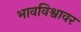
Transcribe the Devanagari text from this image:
भावविश्वावर